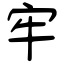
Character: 牢